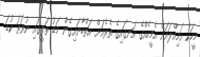
މީހަކު އަމިއްލައަށް އެމީހެއްގެ އަނގައިގެ ތެރެއަށް އަތްބާނައިގެން މަޑު ތަލީގައި ނުވަތަ ކުޑަ